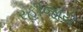
રહીજાય